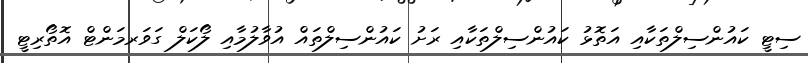
ސިޓީ ކައުންސިލްތަކާއި އަތޮޅު ކައުންސިލްތަކާއި ރަށު ކައުންސިލްތައް އުވާލުމާއި ލޯކަލް ގަވަރމަންޓް އޮތޯރިޓީ